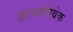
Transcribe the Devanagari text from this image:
हास्यविवेक